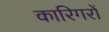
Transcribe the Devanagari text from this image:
कारिगरों